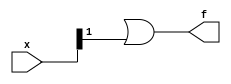
module top_module (
    input [4:1] x, 
    output f );

    wire [4:1] sel;
    wire [1:0] or_out;

    assign sel = x[3:2];
    assign or_out = x[1:0] | x[3:2];

    assign f = or_out;

endmodule